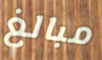
مبالغ